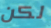
لكن